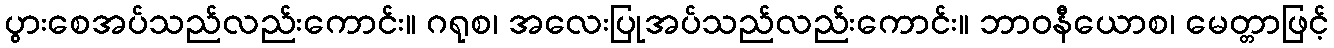
ပွားစေအပ်သည်လည်းကောင်း။ ဂရုစ၊ အလေးပြုအပ်သည်လည်းကောင်း။ ဘာဝနီယောစ၊ မေတ္တာဖြင့်